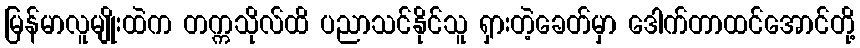
မြန်မာလူမျိုးထဲက တက္ကသိုလ်ထိ ပညာသင်နိုင်သူ ရှားတဲ့ခေတ်မှာ ဒေါက်တာထင်အောင်တို့